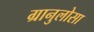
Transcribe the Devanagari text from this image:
ग्रानुलोसा